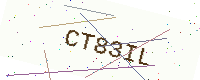
Text: CT83IL